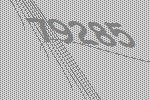
79285